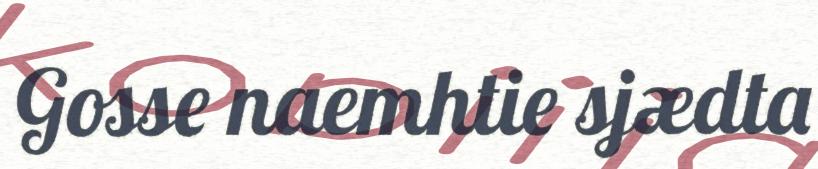
Gosse naemhtie sjædta